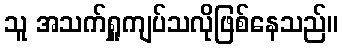
သူ အသက်ရှူကျပ်သလိုဖြစ်နေသည်။